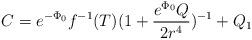
LaTeX: \begin{align*}C=e^{-\Phi_{0}}f^{-1}(T)(1+\frac{e^{\Phi_{0}}Q}{2r^{4}})^{-1}+Q_{1}\end{align*}